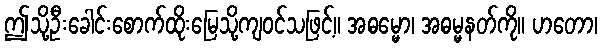
ဤသို့ဦးခေါင်းစောက်ထိုးမြေသို့ကျဝင်သဖြင့်။ အဓမ္မော၊ အဓမ္မနတ်ကို။ ဟတော၊